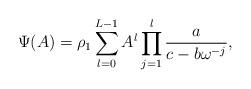
LaTeX: \begin{align*}\Psi(A)=\rho_1\sum^{L-1}_{l=0}A^l\prod^l_{j=1}\frac{a}{c-b\omega^{-j}}, ~~~~~~\end{align*}